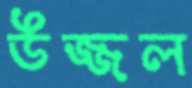
উজ্জল